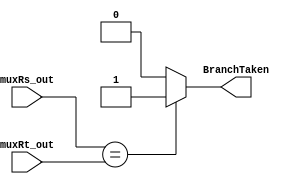

module Comparator32bit(muxRs_out, muxRt_out,BranchTaken);
parameter word_size=32;
input [word_size-1:0] muxRs_out, muxRt_out;
output reg BranchTaken;

always@(*)
	begin
	if(muxRs_out == muxRt_out) begin
		BranchTaken = 1;
		end
	else
	begin
		BranchTaken = 0;
   end
end
		
		

endmodule